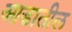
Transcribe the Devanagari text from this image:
आडातील